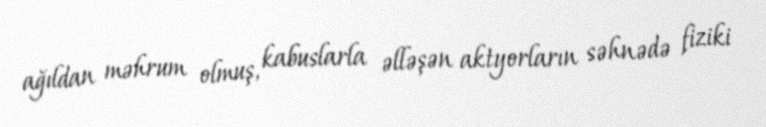
ağıldan məhrum olmuş, kabuslarla əlləşən aktyorların səhnədə fiziki